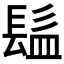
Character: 𩬬